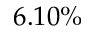
6 . 1 0 \%